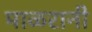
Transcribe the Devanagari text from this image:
माळरानी